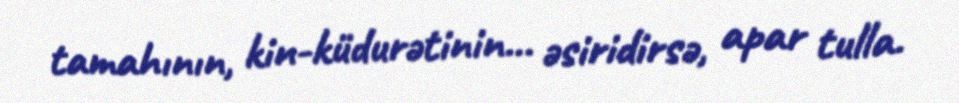
tamahının, kin-küdurətinin... əsiridirsə, apar tulla.